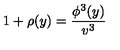
1 + \rho ( y ) = \frac { \phi ^ { 3 } ( y ) } { v ^ { 3 } }